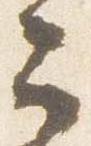
云